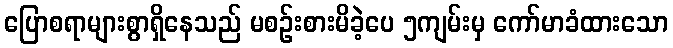
ပြောစရာများစွာရှိနေသည် မစဉ်းစားမိခဲ့ပေ ၅ကျမ်းမှ ကော်မာခံထားသော